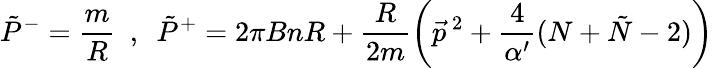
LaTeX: \tilde{P}^{-}=\frac{m}{R}~~,~~\tilde{P}^{+}=2\pi BnR+\frac{R}{2m}\left(\vec{p}^{~2}+\frac{4}{\alpha^{\prime}}(N+\tilde{N}-2)\right)